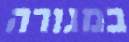
במגורה